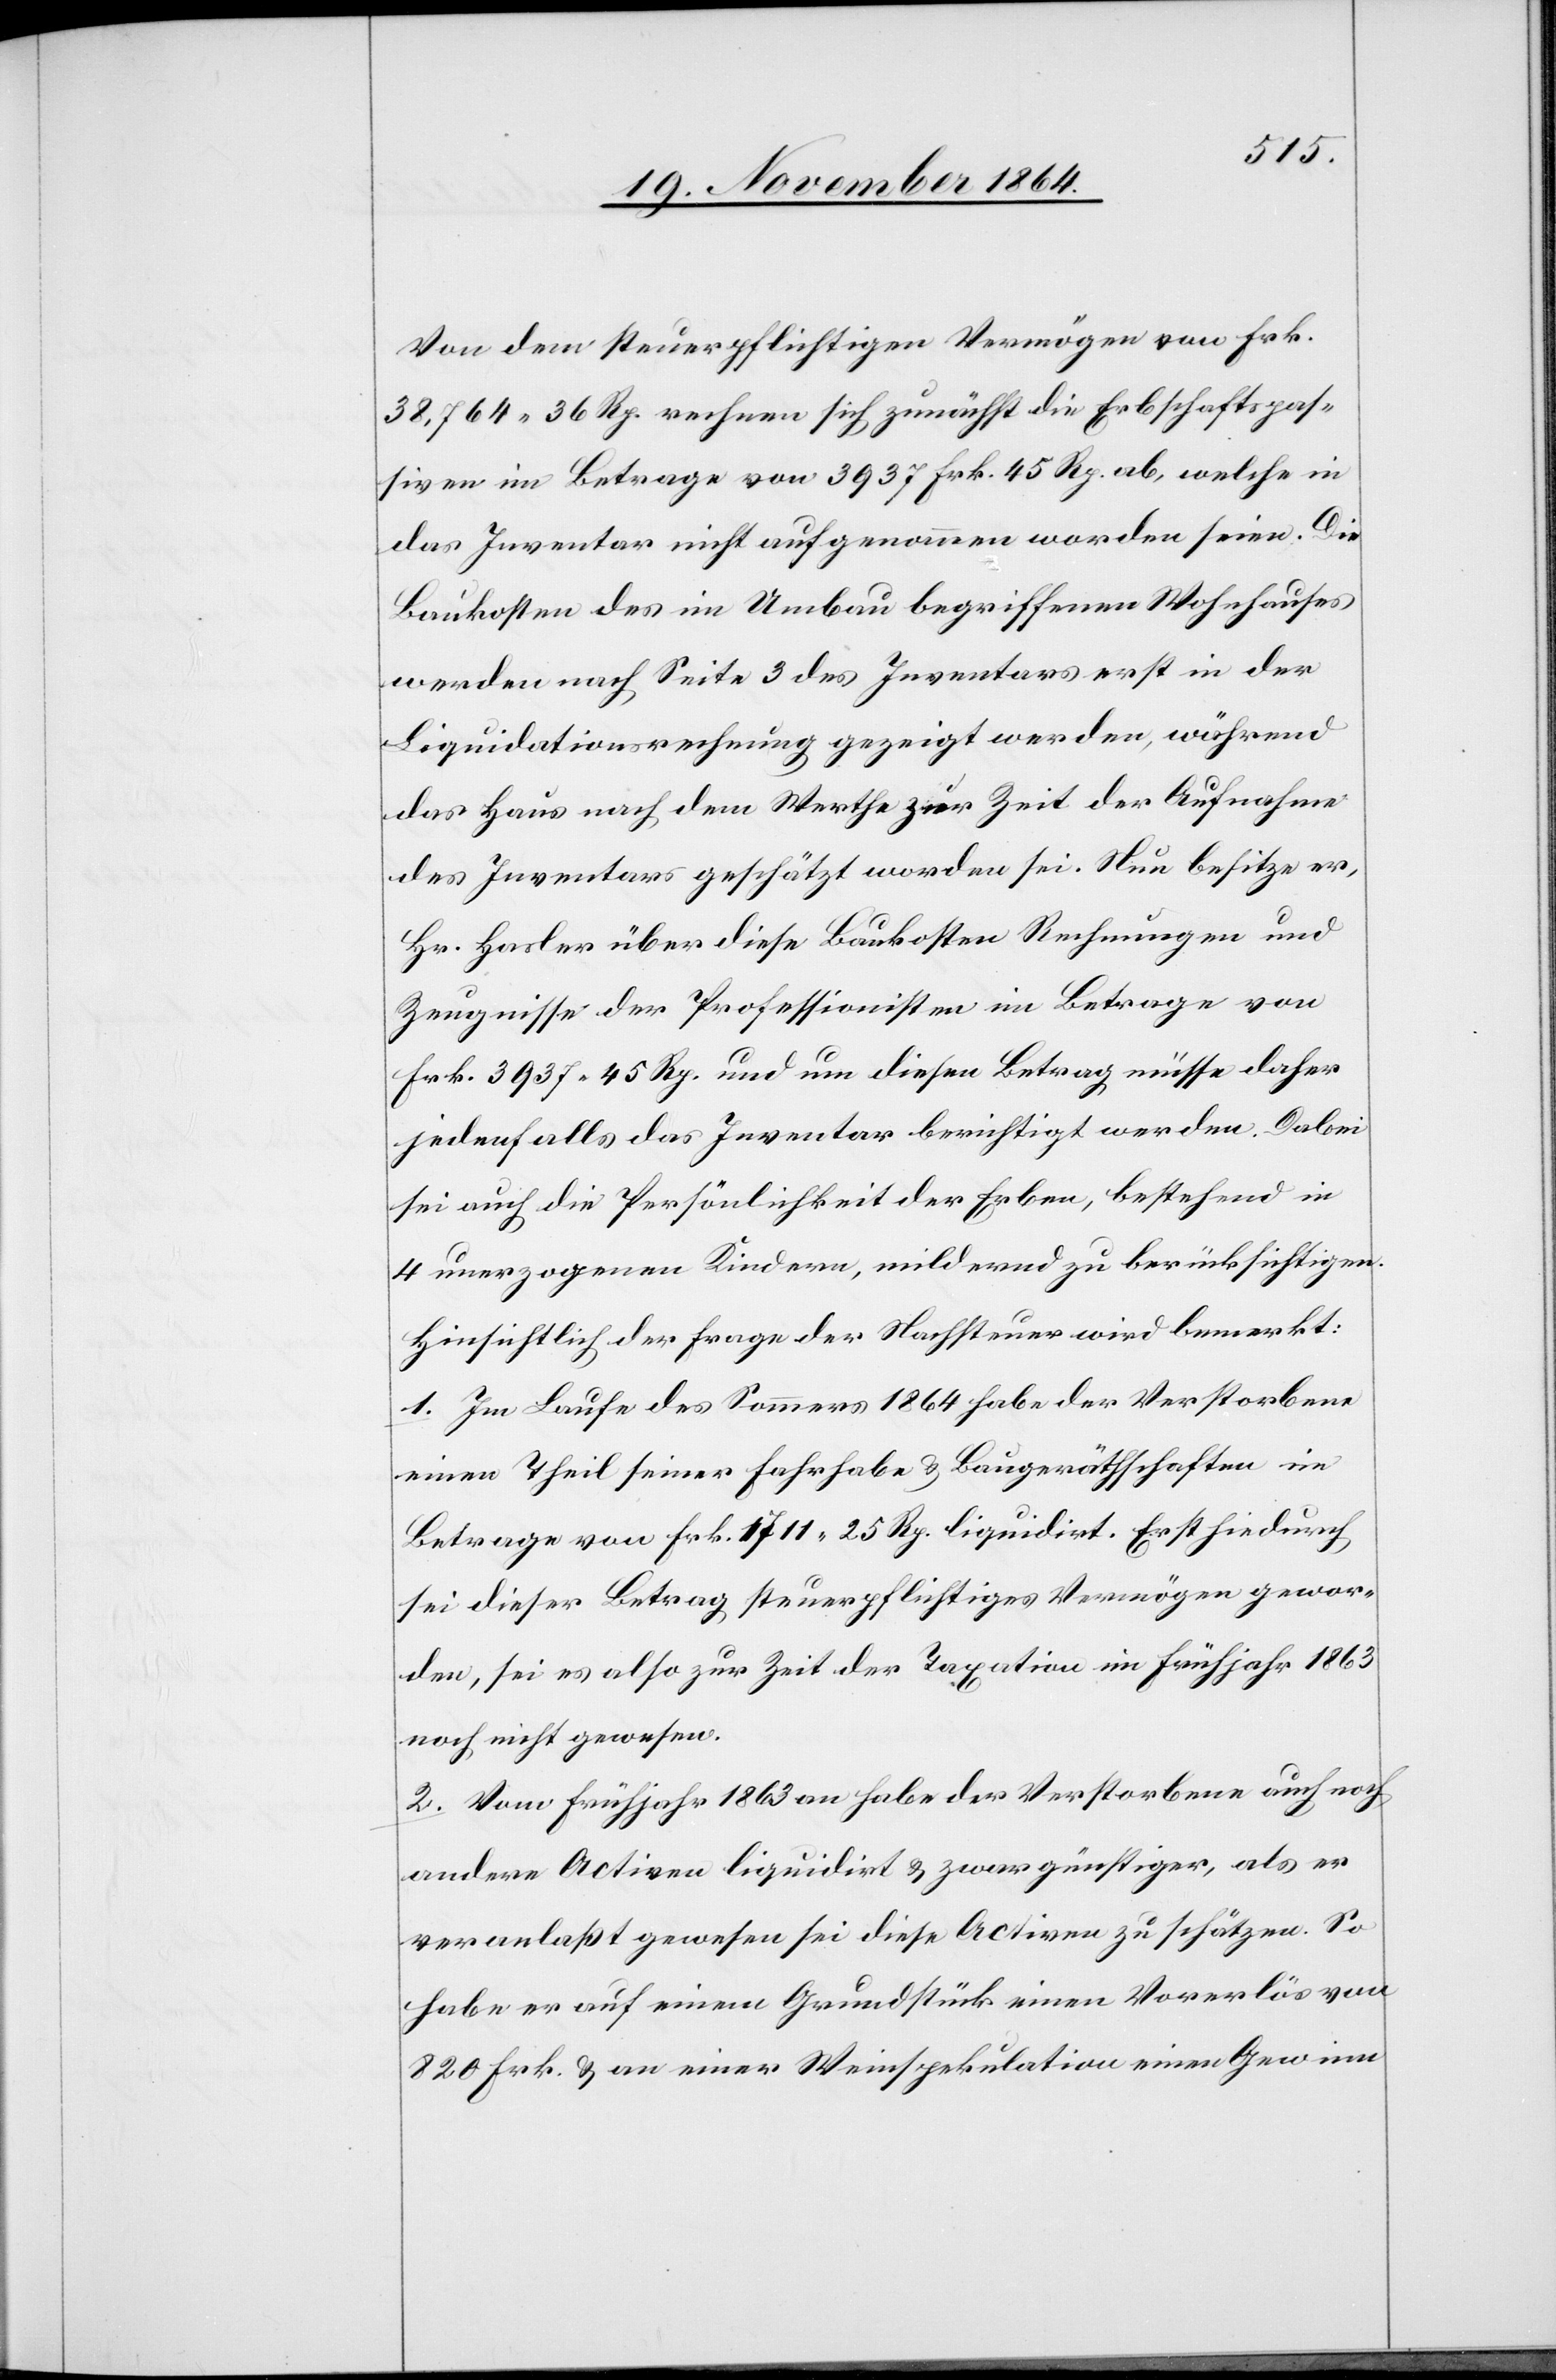
Von dem steuerpflichtigen Vermögen von Frk.
38,764. 36 Rp. rechnen sich zunächst die Erbschaftspas¬
siven im Betrage von 3937 Frk. 45 Rp. ab, welche in
das Inventar nicht aufgenommen worden seien. Die
Baukosten des im Umbau begriffenen Wohnhauses
werden nach Seite 3 des Inventars erst in der
Liquidationsrechnung gezeigt werden, während
das Haus nach dem Werthe zur Zeit der Aufnahme
des Inventars geschätzt worden sei. Nun besitze er,
Hr. Hasler über diese Baukosten Rechnungen und
Zeugnisse der Professionisten im Betrage von
Frk. 3937.45 Rp. und um diesen Betrag müsse daher
jedenfalls das Inventar berichtigt werden. Dabei
sei auch die Persönlichkeit der Erben, bestehend in
4 unerzogenen Kindern, mildernd zu berücksichtigen.
Hinsichtlich der Frage der Nachsteuer wird bemerkt:
1. Im Laufe des Sommers 1864 habe der Verstorbene
einen Theil seiner Fahrhabe & Baugeräthschaften im
Betrage von Frk. 1711.25 Rp. liquidirt. Erst hiedurch
sei dieser Betrag steuerpflichtiges Vermögen gewor¬
den, sei es also zur Zeit der Taxation im Frühjahr 1863
noch nicht gewesen.
2. Vom Frühjahr 1863 an habe der Verstorbene auch noch
andere Activen liquidirt & zwar günstiger, als er
veranlaßt gewesen sei diese Activen zu schätzen. So
habe er auf einem Grundstück einen Vorerlös von
820 Frk. & an einer Weinspekulation einen Gewinn